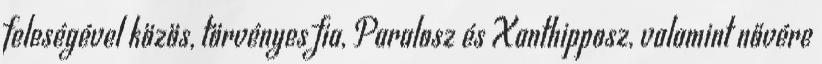
feleségével közös, törvényes fia, Paralosz és Xanthipposz, valamint nővére